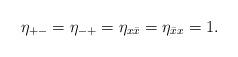
LaTeX: \begin{align*}\eta_{+-}=\eta_{-+}= \eta_{x\bar x}=\eta_{{\bar x} x}=1.\end{align*}